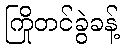
ကြိုတင်ခွဲခန့်